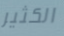
الكثير